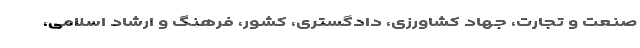
صنعت و تجارت، جهاد کشاورزی، دادگستری، کشور، فرهنگ و ارشاد اسلامی،